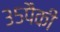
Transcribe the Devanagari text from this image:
३५पैकी